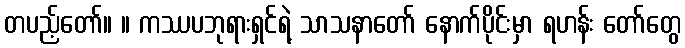
တပည့်တော်။ ။ ကဿပဘုရားရှင်ရဲ့ သာသနာတော် နောက်ပိုင်းမှာ ရဟန်း တော်တွေ